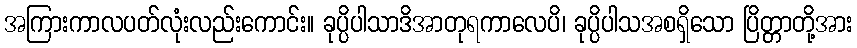
အကြားကာလပတ်လုံးလည်းကောင်း။ ခုပ္ပိပါသာဒိအာတုရကာလေပိ၊ ခုပ္ပိပါသအစရှိသော ပြိတ္တာတို့အား